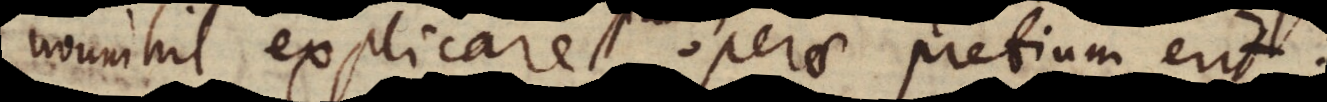
paucis explicare operae pretium erit.